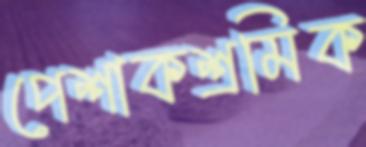
পেশাকশ্রমিক